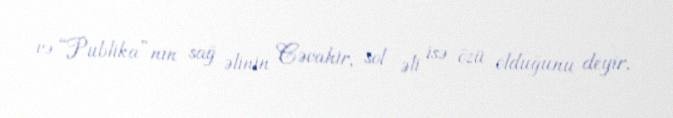
və “Publika”nın sağ əlinin Cəvahir, sol əli isə özü olduğunu deyir.